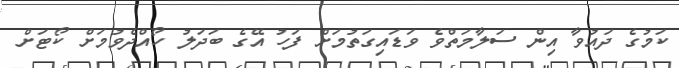
ކަމުގެ ދައުވާ އިން ސަލާމަތްވެ ވަޑައިގަތުމަށް ފަހު އޭގެ ބަދަލު ހޯއްދެވުމަށް ކޯޓަށް